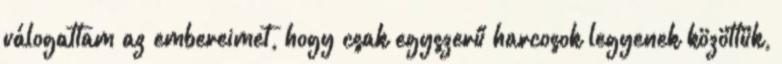
válogattam az embereimet, hogy csak egyszerű harcosok legyenek közöttük,